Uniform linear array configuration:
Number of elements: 8
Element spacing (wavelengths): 0.75
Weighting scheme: kaiser
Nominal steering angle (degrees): -15
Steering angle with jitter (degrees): -13.634
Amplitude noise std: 0.05
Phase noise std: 0.05

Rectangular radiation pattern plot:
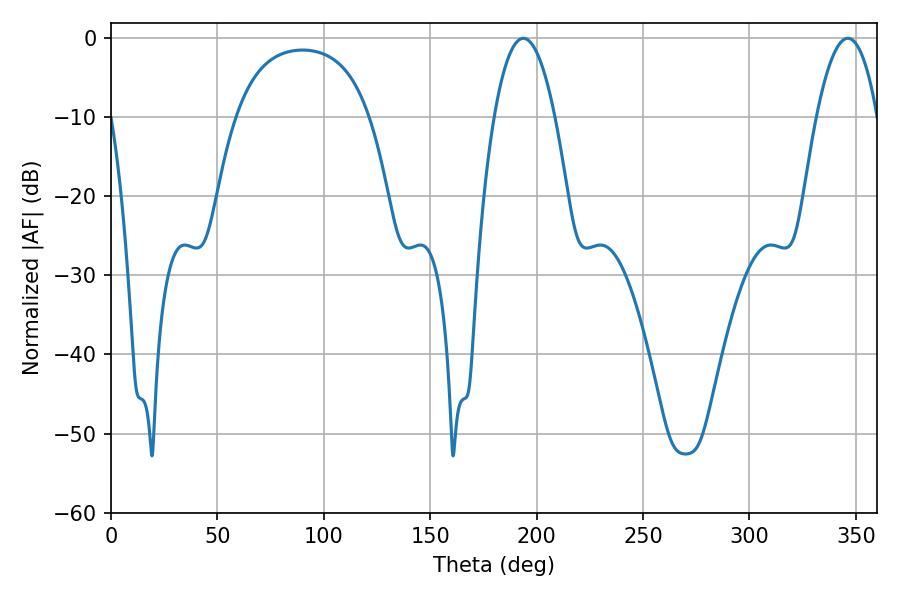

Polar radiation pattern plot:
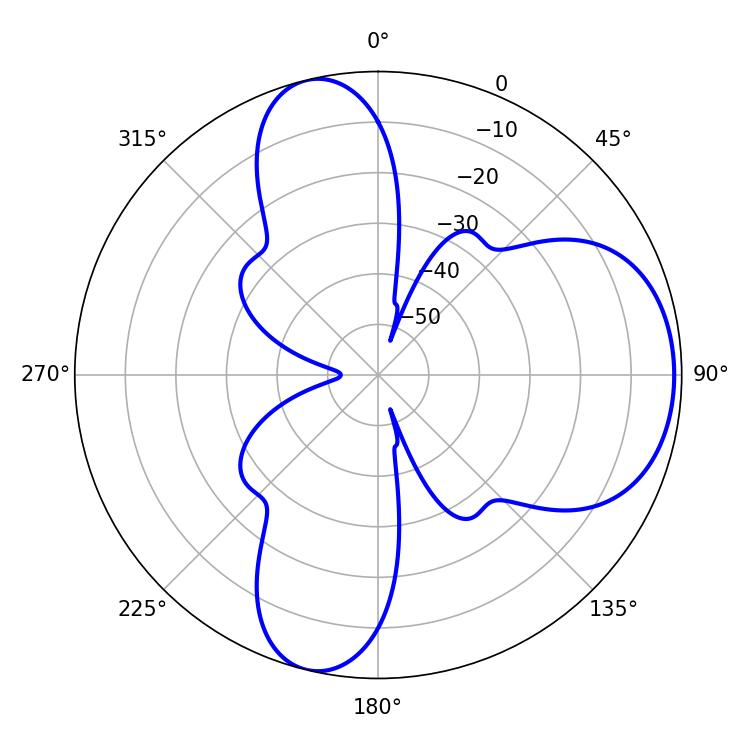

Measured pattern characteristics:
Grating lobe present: TRUE
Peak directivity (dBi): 7.345
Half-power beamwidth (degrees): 15.66
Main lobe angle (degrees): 193.68